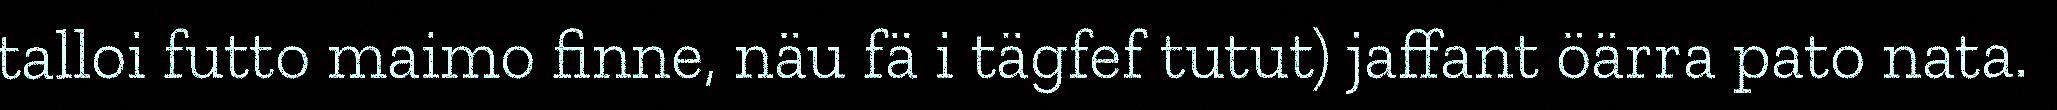
talloi futto maimo finne, näu fä i tägfef tutut) jaffant öärra pato nata.